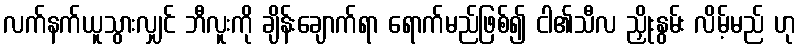
လက်နက်ယူသွားလျှင် ဘီလူးကို ချိန်းချောက်ရာ ရောက်မည်ဖြစ်၍ ငါ၏သီလ ညှိုးနွမ်း လိမ့်မည် ဟု